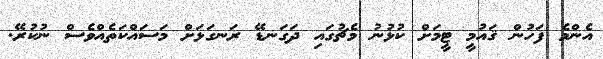
އެންމެ ފަހުން ޤައުމީ ޓީމަށް ކުޅުނު މެޗުގައި ދަގަނޑޭ ރަނގަޅަށް މަސައްކަތެއްވެސް ނުކުރޭ.